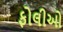
ફોલીઓ